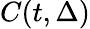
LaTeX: C(t,\Delta)